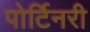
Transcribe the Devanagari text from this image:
पोर्टिनरी